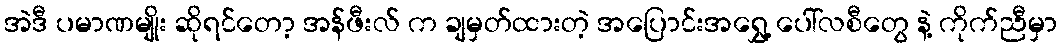
အဲဒီ ပမာဏမျိုး ဆိုရင်တော့ အန်ဖီးလ် က ချမှတ်ထားတဲ့ အပြောင်းအရွှေ့ ပေါ်လစီတွေ နဲ့ ကိုက်ညီမှာ